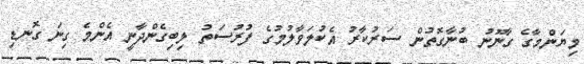
މިޔަންމާގެ ގާނޫނު ބުނާގޮތުން ސަރުކާރު އެކުލަވާލުމުގެ ފުރުސަތު ލިބިގެންދާނީ އެންމެ ގިނަ ގޮނޑި